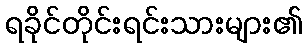
ရခိုင်တိုင်းရင်းသားများ၏